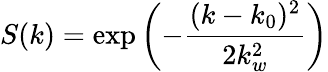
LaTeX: S(k)=\exp\left(-\frac{(k-k_{0})^{2}}{2k_{w}^{2}}\right)